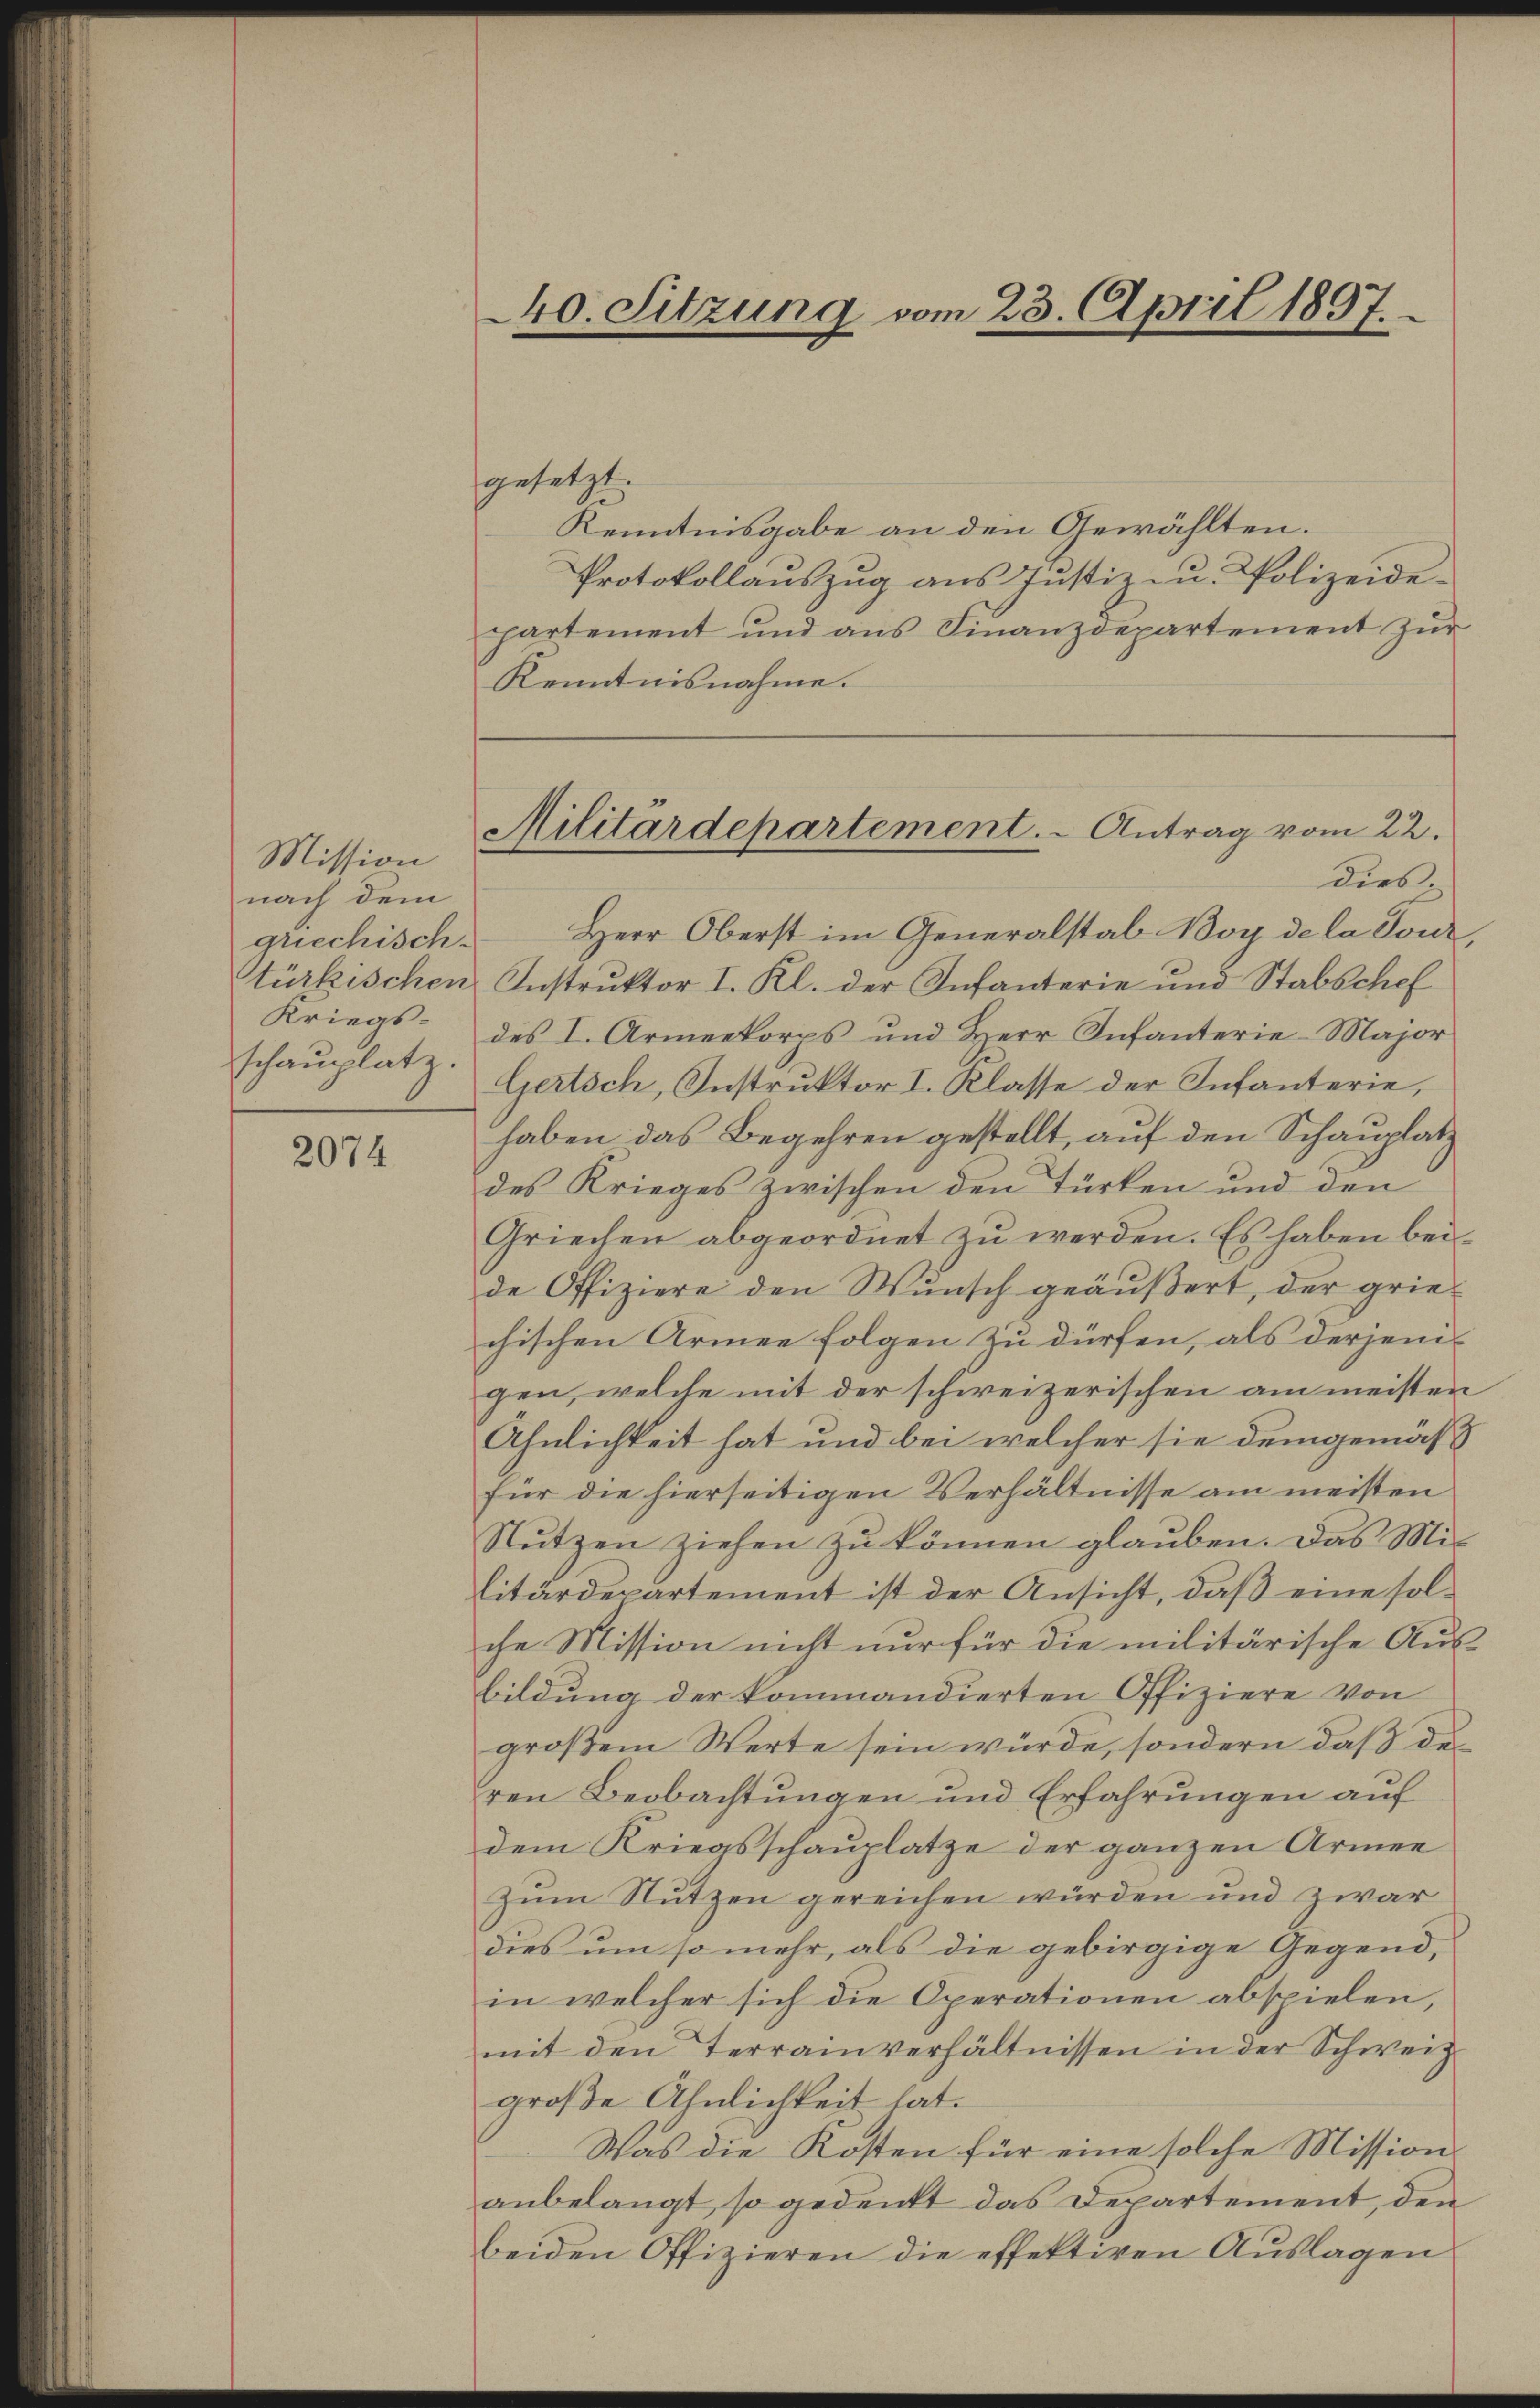
Mission
nach dem
griechisch-
Kriegsschauplatz.

2074

Protokollauszug aus Justiz zu. Polizeidepartement und ans Finanzdepartement zŭr
Kenntnisnahme.

240. Sitzung vom 23. April 1897.

gesetzt.
Kenntnisgabe an den Gewählten.
dies
Herr Oberst im Generalstab Boy de la Tour
Stürkischen Instruktor I. Kl. der Infanterie und Stabschef
des I. Armeekorps und Herr Infanterie-Major
Gertsch, Instruktor I. Klasse der Infanterie,
haben das Begehren gestellt, auf den Schauplatz
des Krieges zwischen den Türken und den
Griechen abgeordnet zu werden. Es haben beide Offiziere den Wunsch geäußert, der griechischen Armee folgen zu dürfen, als derjenigen, welche mit der schweizerischen am meisten
Ähnlichkeit hat und bei welcher sie demgemäß
für die hierseitigen Verhältnisse am meisten
Nutzen ziehen zu können glauben. Das Mis
litärdepartement ist der Ansicht, daß eine solche Mission nicht nur für die militärische Ausbildung der kommandierten Offiziere von
großem Werte sein würde, sondern daß des
ren Beobachtungen und Erfahrungen auf
dem Kriegsschauplatze der ganzen Armee
Zum Nutzen gereichen würden und zwar
dies um so mehr, als die gebirgige Gegend,
in welcher sich die Operationen abspielen,
mit den Terrainverhältnissen in der Schweiz
große Ähnlichkeit hat.
Was die Kosten für eine solche Mission
anbelangt, so gedenkt das Departement, den
beiden Offizieren die effektiven Auslagen

Militärdepartement. - Antrag vom 22.